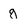
Character: g